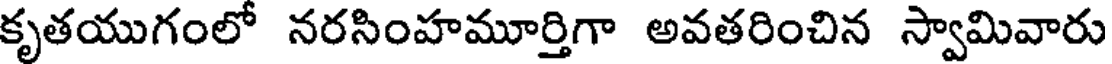
కృతయుగంలో నరసింహమూర్తిగా అవతరించిన స్వామివారు